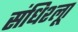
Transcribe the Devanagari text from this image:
संधिश्लूा